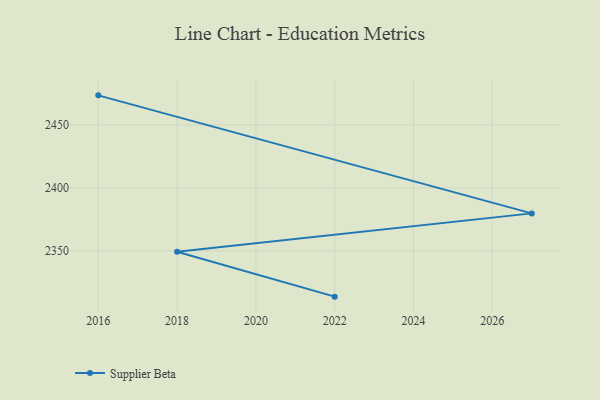
{"axis": {"x": "Year", "y": "Demand Index"}, "legend": ["Supplier Beta"], "data": [{"x": "2022", "y": 2313.6, "type": "Supplier Beta"}, {"x": "2018", "y": 2349.2, "type": "Supplier Beta"}, {"x": "2027", "y": 2379.7, "type": "Supplier Beta"}, {"x": "2016", "y": 2473.4, "type": "Supplier Beta"}]}